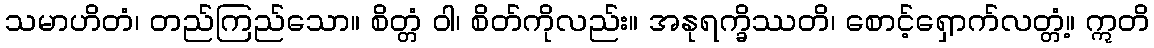
သမာဟိတံ၊ တည်ကြည်သော။ စိတ္တံ ဝါ၊ စိတ်ကိုလည်း။ အနုရက္ခိဿတိ၊ စောင့်ရှောက်လတ္တံ့။ ဣတိ